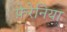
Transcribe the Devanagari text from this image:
फ़ेरेनिया